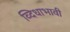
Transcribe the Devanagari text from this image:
व्दिधाभावी